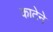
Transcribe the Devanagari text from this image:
काटेने